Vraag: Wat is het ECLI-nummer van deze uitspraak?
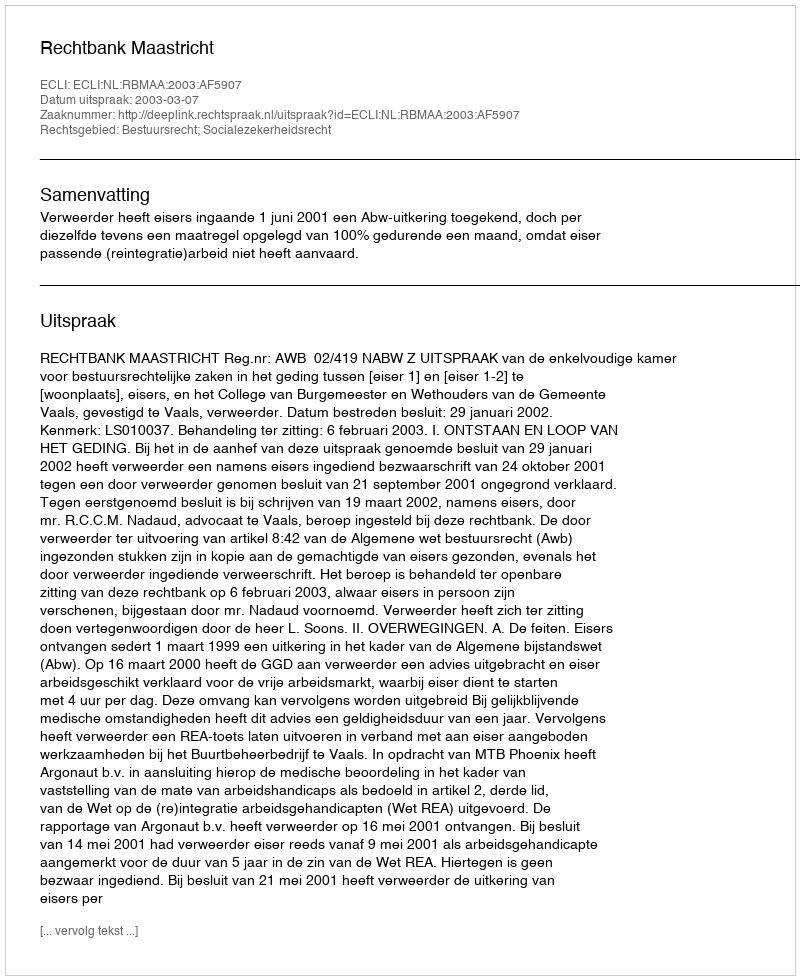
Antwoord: ECLI:NL:RBMAA:2003:AF5907